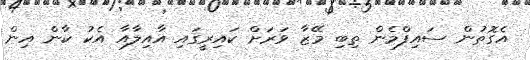
އެގޮތުން ސައިފްމެން ތިބި މޭޒާ ވަރަށް ކައިރީގައި އާއިލާއާ އެކު ކާން އިން